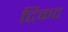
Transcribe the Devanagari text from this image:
टिकट